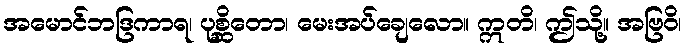
အမောင်ဘဒြကာရ၊ ပုစ္ဆိတော၊ မေးအပ်ချေလော။ ဣတိ၊ ဤသို့။ အဗြဝိ၊